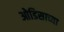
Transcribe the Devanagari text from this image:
ओडिसाच्या